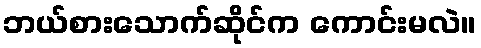
ဘယ်စားသောက်ဆိုင်က ကောင်းမလဲ။